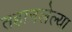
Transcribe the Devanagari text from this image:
तहानलेल्या